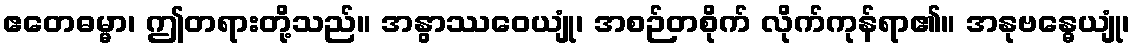
ဧတေဓမ္မာ၊ ဤတရားတို့သည်။ အနွာဿဝေယျုံ၊ အစဉ်တစိုက် လိုက်ကုန်ရာ၏။ အနုဗန္ဓေယျုံ၊